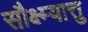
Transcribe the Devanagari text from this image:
सौक्ष्म्यात्तु